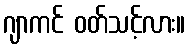
ဂျာကင် ဝတ်သင့်လား။